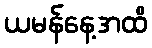
ယမန်နေ့အထိ